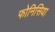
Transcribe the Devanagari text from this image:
फोनिसिया